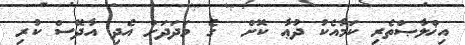
އިޚްލާޞްތެރި ކަމާއެކު ދުޢާ ކޮށް  ގެ މަދަދަށް އެދި އާދޭސް ކުރި